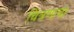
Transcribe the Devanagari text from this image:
चित्रणाचा